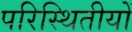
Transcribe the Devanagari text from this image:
परिस्थितीयों